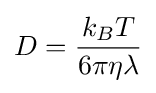
D={\frac {k_{B}T}{6\pi \eta \lambda }}